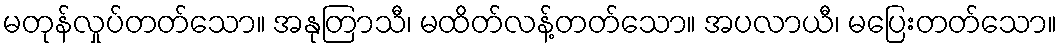
မတုန်လှုပ်တတ်သော။ အနုတြာသီ၊ မထိတ်လန့်တတ်သော။ အပလာယီ၊ မပြေးတတ်သော။